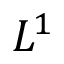
L ^ { 1 }